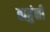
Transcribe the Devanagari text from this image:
बाहुंनी